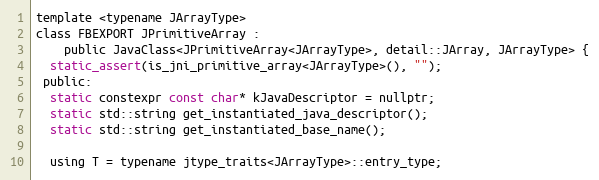
Language: C
template <typename JArrayType>
class FBEXPORT JPrimitiveArray :
    public JavaClass<JPrimitiveArray<JArrayType>, detail::JArray, JArrayType> {
  static_assert(is_jni_primitive_array<JArrayType>(), "");
 public:
  static constexpr const char* kJavaDescriptor = nullptr;
  static std::string get_instantiated_java_descriptor();
  static std::string get_instantiated_base_name();

  using T = typename jtype_traits<JArrayType>::entry_type;